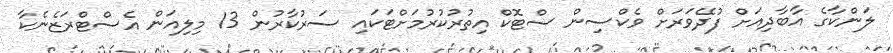
ލަންކާގެ އާބާދިއަށް ފުދޭވަރަށް ވެކްސިން ސްޓޮކް އިތުރުކުރުމަށްޓަކައި ސަރުކާރުން 13 މިލިއަން އެސްޓްރަޒެނެކާ